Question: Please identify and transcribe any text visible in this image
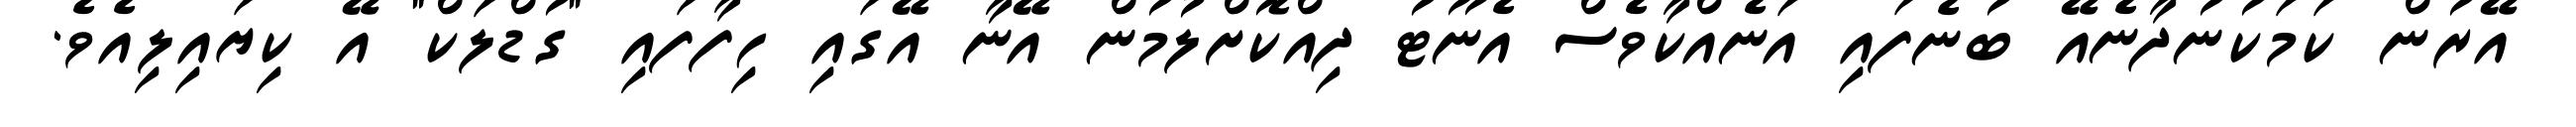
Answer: އޭރުން ކަމަކުނުދާނެއޭ ބުނެފައި އަނެއްކާވެސް އެނޫޓު ދިއްކޮށްލުމުން އޭނާ އޭގައި ހިފާފައި "ގުޑްލަކް" އޭ ކިޔައިލިއެވެ.